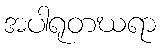
အပါရုတဃရာ